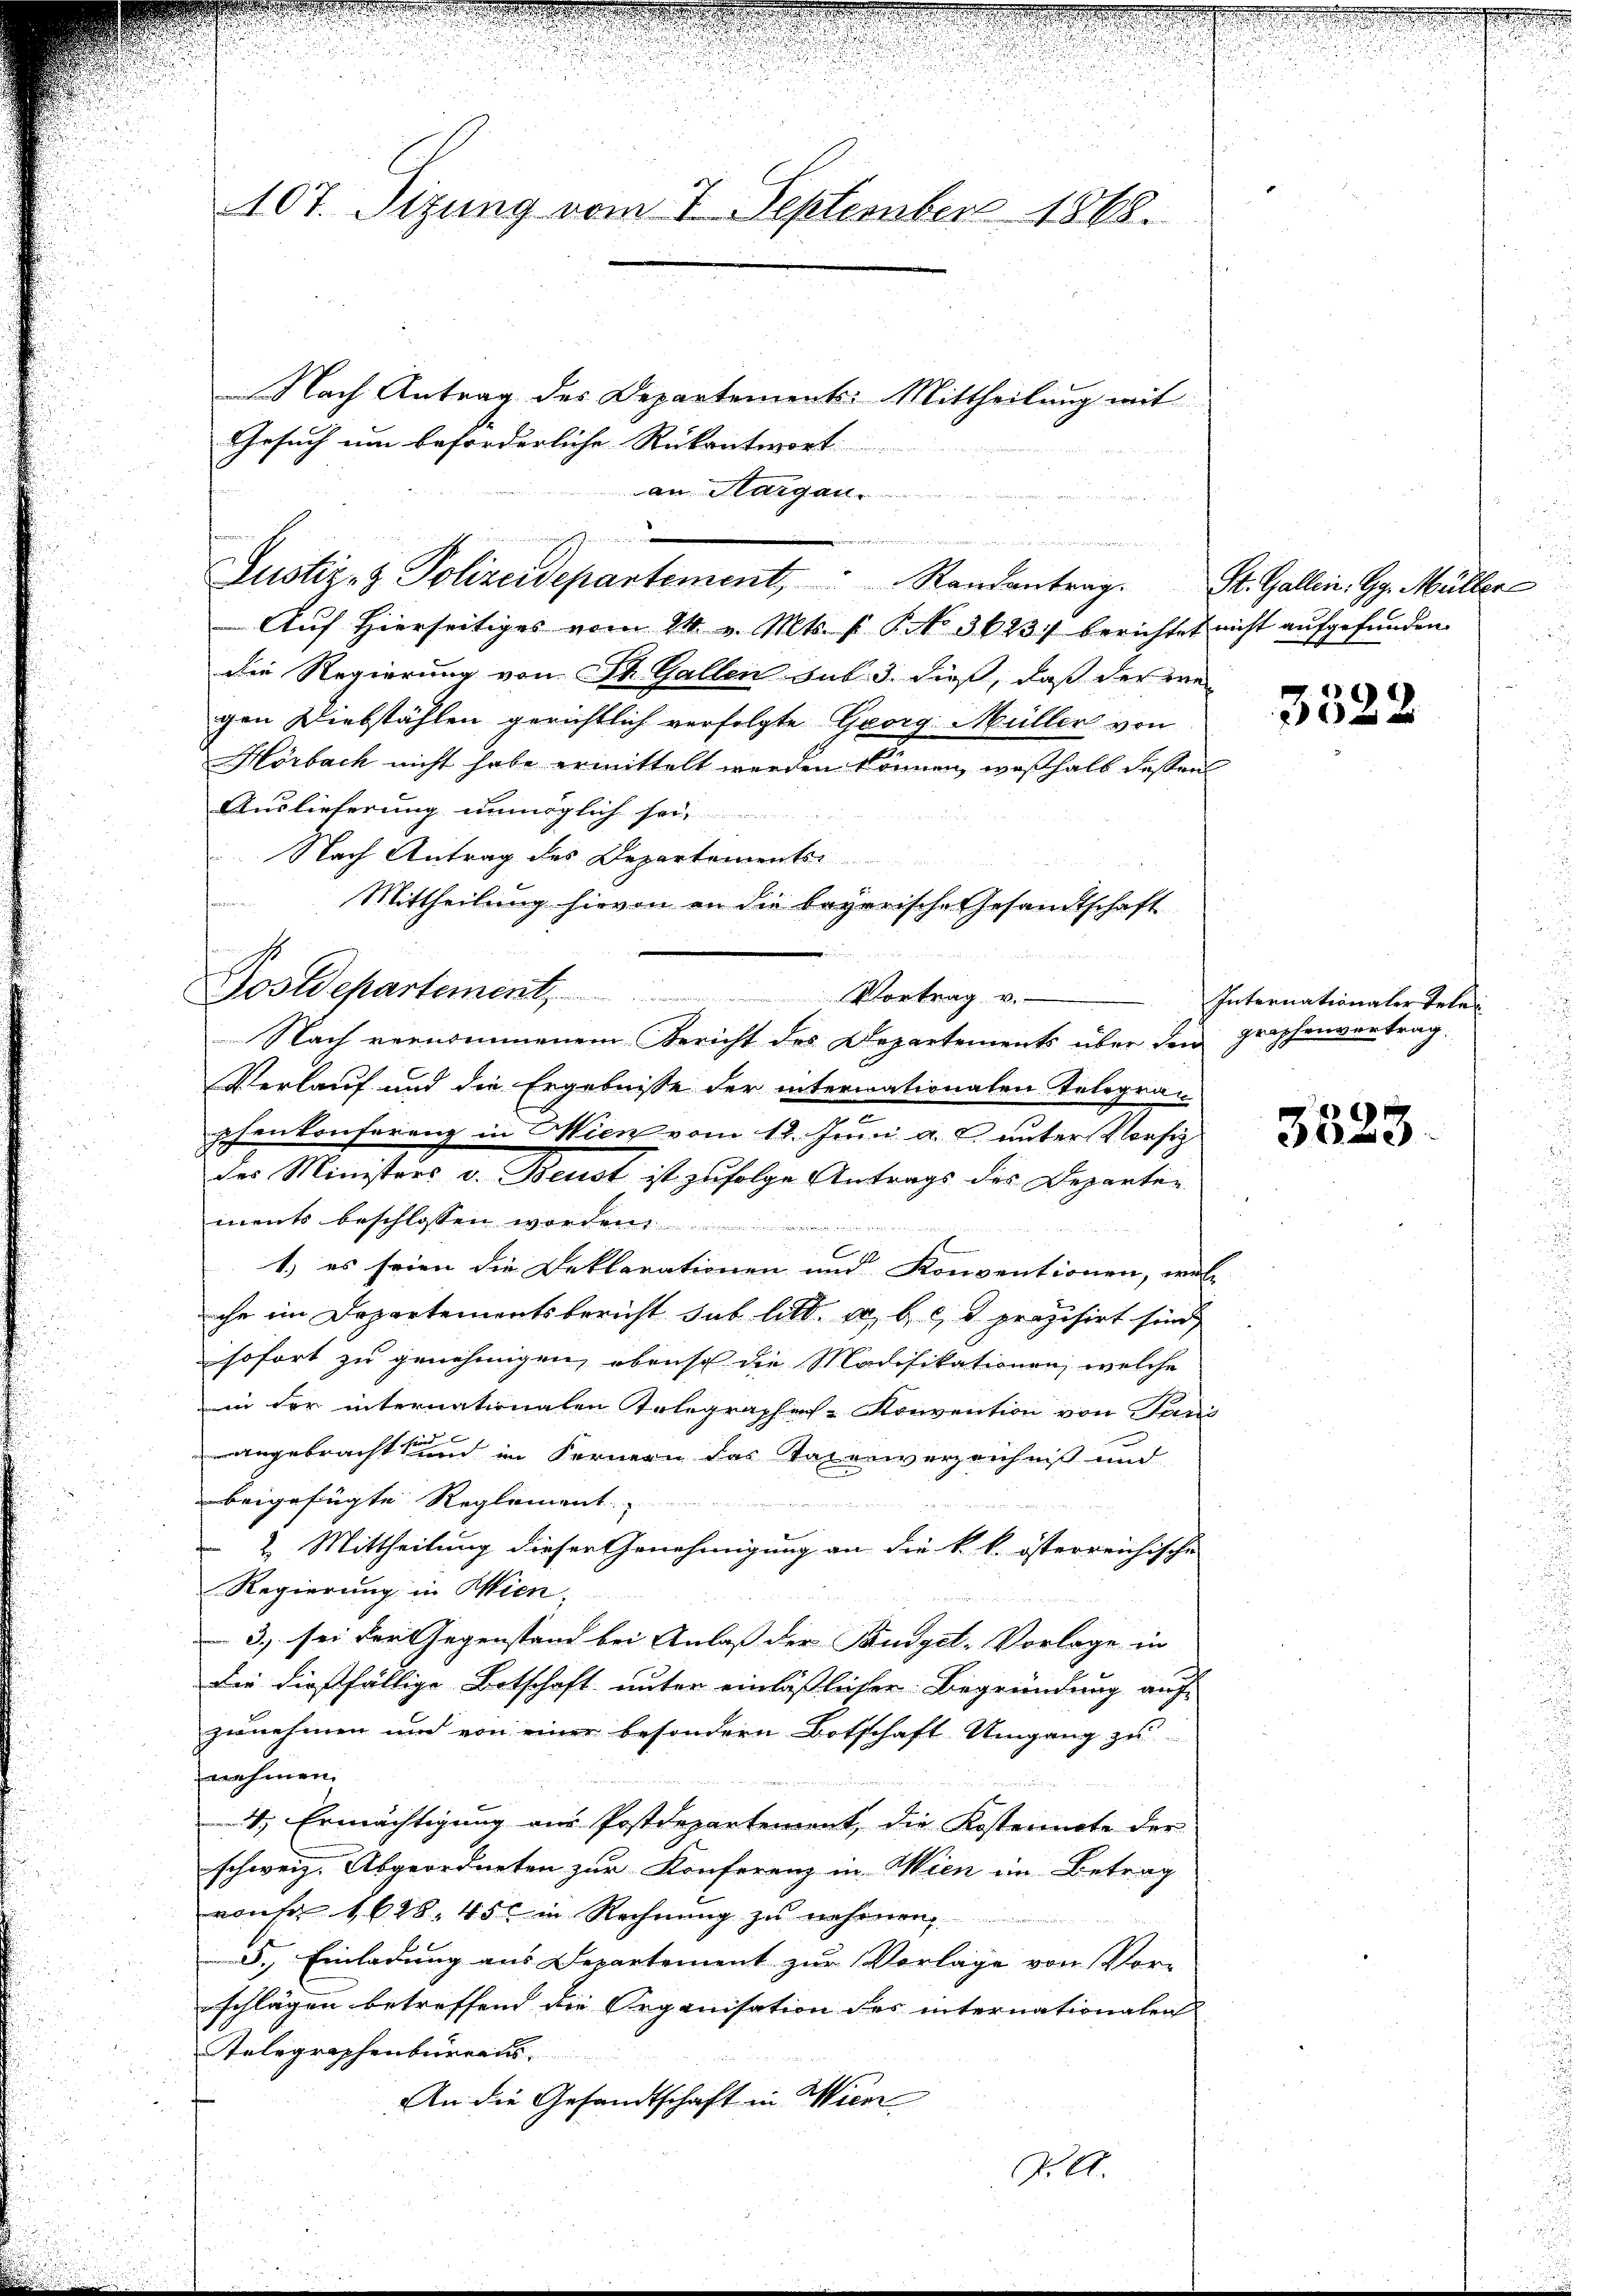
107. Sitzung vom 7. September 1868.

Nach Antrag des Departements: Mittheilung mit
Gesuch um beförderliche Rükantwort
an Sargau.
Auf hierseitiges vom 24. v. Mts. f. P. No 3623 berichtet
die Regierung von St. Gallen sub 3. dieß, daß der ne
gen Diebstählen gerichtlich verfolgte Georg Müller von
Hörbach nicht habe ermittelt werden können, weßhalb dessen
Auslieferung unmöglich sei,
Nach Antrag des Departements
Mittheilung hievon an die begerische Gesandtschaft
Nach vernommenem Bericht des Departements über den Grophenvertrag.
Verlauf und die Ergebnisse der intermationalen Telegran
m
phenkonferenz in Wien vom 12. Juni a. c. unter Vorsi
des Ministers v. Beust ist zufolge Antrags des Departen
ments beschlossen worden.
C
1
1.) es seien die Deklarationen und Konventionen, wie
che im Departementsbericht sub litt. a, b. & präzisirt sind,
sofort zu genehmigen, obenso die Modifikationen, welche
in der internationalen Telegraphens- Konvention von Par
angebracht den in Fernern das Tatenverzeichniß und
beigefügte Reglement
2. Mittheilung dieser Genehmigung an die k. k. österreichische
Regierung in Wien,
3., sei der Gegenstand bei Anlaß der Budget-Vorlage in
Die dießfällige Botschaft unter einlässlicher Begründung auf
zunehmen und von einer besondern Botschaft Umgang zu
nehmen.
4., Ermächtigung aus Postdepartement, die Kostennote der
schweiz. Abgeordneten zur Konferenz in Wien im Betrag
vonser 1628. 450 in Rechnung zu nehmen
d. Einladung aus Departement zur Vorlage von Vor-
schlägen betreffend die Organisation des internationalen
Telegraphenbureauss
An die Gesandtschaft in Wien

t
Postdepartement,

n
Justiz- & Polizeidepartement, Randantrag. St. Gallen. G. Müller

Vortrag v.

J. A.

nicht aufgefunden.

4
.
f 0 x

Internationaler Tele

De